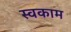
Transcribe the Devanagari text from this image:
स्वकाम